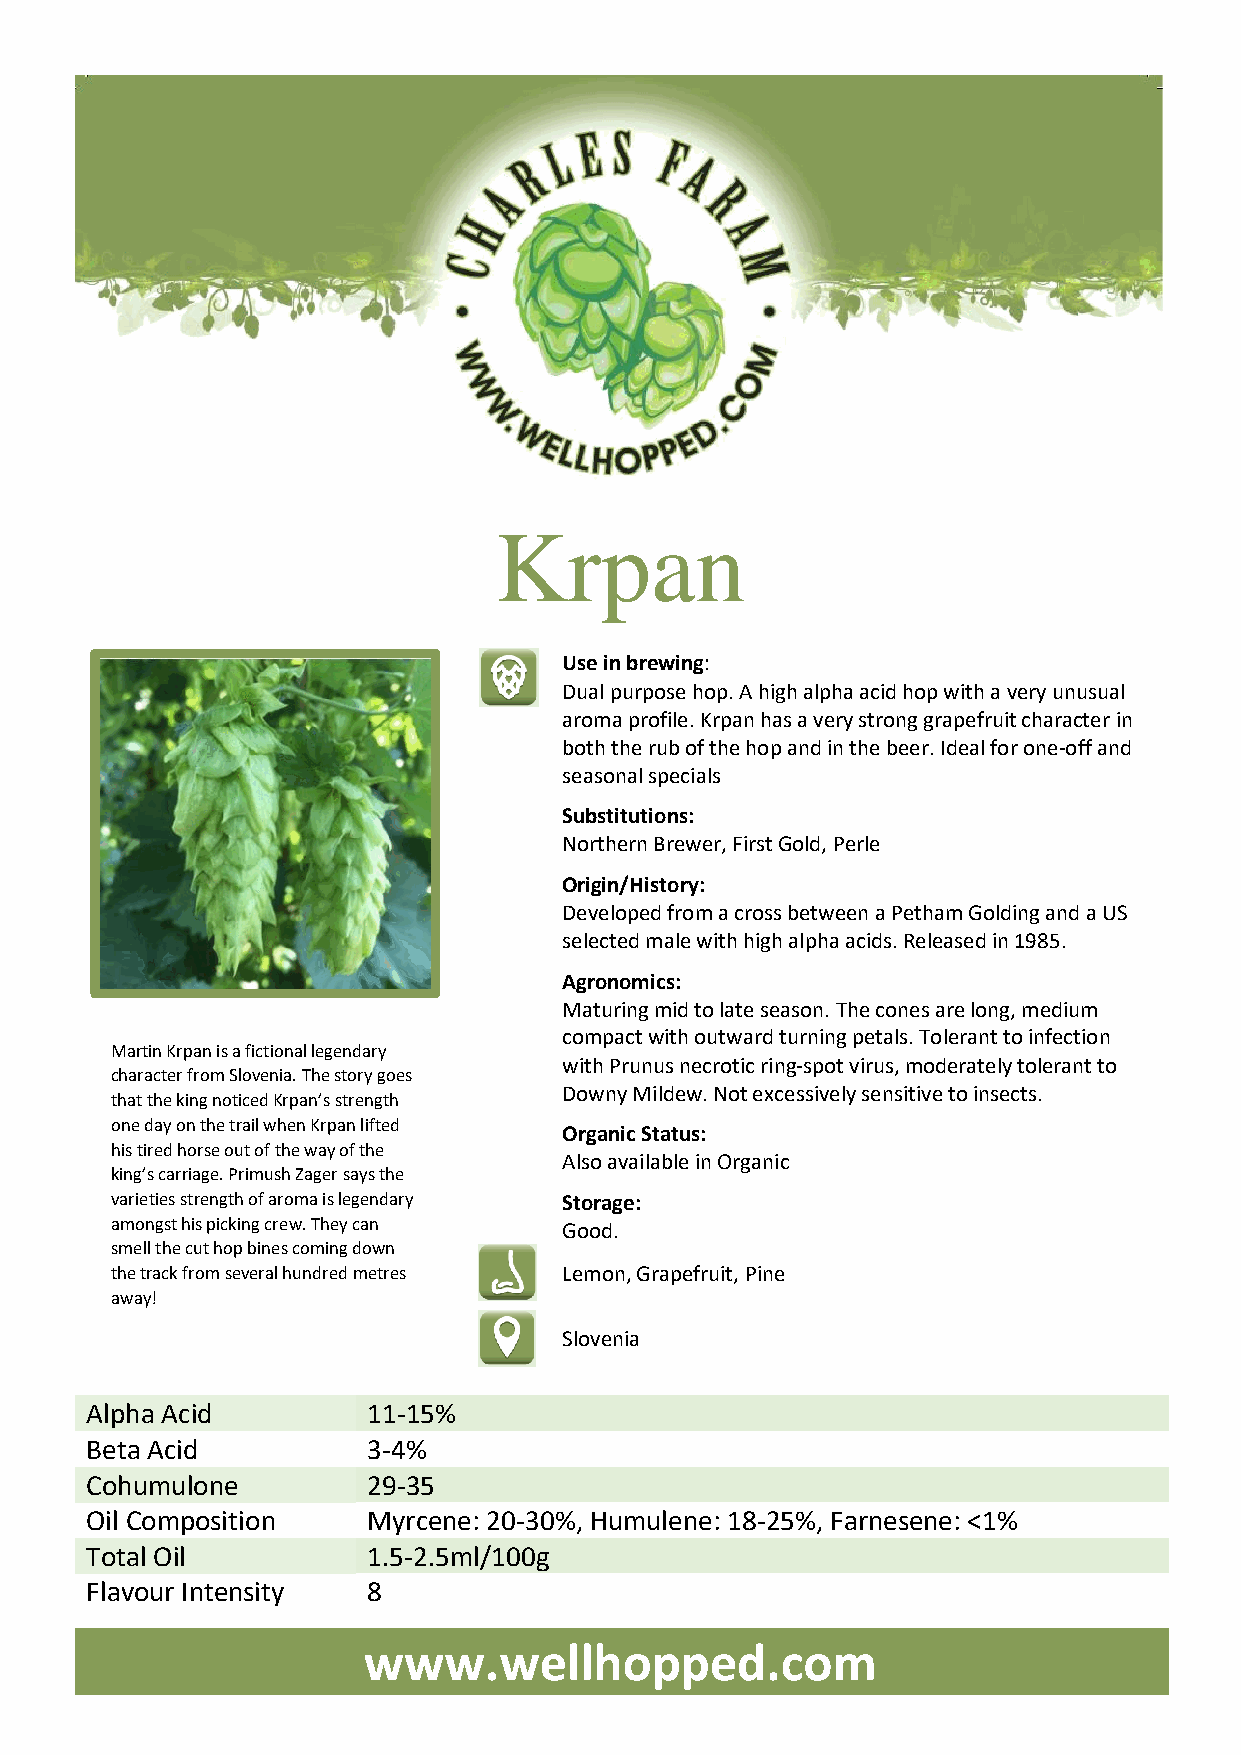
Krpan
 Use in brewing:
 Dual purpose hop. A high alpha acid hop with a very unusual
 aroma profile. Krpan has a very strong grapefruit character in
 both the rub of the hop and in the beer. Ideal for one-off and
 seasonal specials
 Substitutions:
 Northern Brewer, First Gold, Perle
 Origin/History:
 Developed from a cross between a Petham Golding and a US
 selected male with high alpha acids. Released in 1985.
 Agronomics:
 Maturing mid to late season. The cones are long, medium
 compact with outward turning petals. Tolerant to infection
 Martin Krpan is a fictional legendary
 with Prunus necrotic ring-spot virus, moderately tolerant to
 character from Slovenia. The story goes
 Downy Mildew. Not excessively sensitive to insects.
 that the king noticed Krpan’s strength
 one day on the trail when Krpan lifted
 Organic Status:
 his tired horse out of the way of the
 Also available in Organic
 king’s carriage. Primush Zager says the
 varieties strength of aroma is legendary Storage:
 amongst his picking crew. They can Good.
 smell the cut hop bines coming down
 the track from several hundred metres Lemon, Grapefruit, Pine
 away!
 Slovenia
 Alpha Acid        11-15%
 Beta Acid         3-4%
 Cohumulone        29-35
 Oil Composition   Myrcene: 20-30%, Humulene: 18-25%, Farnesene: <1%
 Total Oil         1.5-2.5ml/100g
 Flavour Intensity 8
 www.wellhopped.com